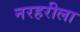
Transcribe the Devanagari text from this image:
नरहरीला